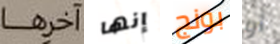
آخرها إنها بونج أو